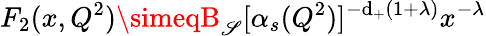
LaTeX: F_{2}(x,Q^{2})\simeqB_{\mathscr{S}}[\alpha_{s}(Q^{2})]^{-\mathrm{d}_{+}(1+\lambda)}x^{-\lambda}